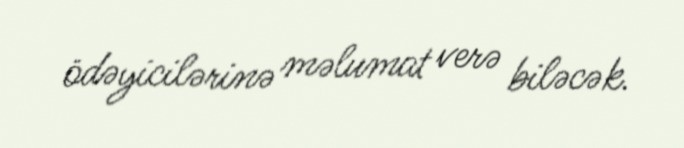
ödəyicilərinə məlumat verə biləcək.